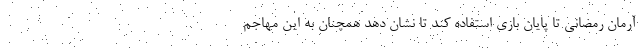
آرمان رمضانی تا پایان بازی استفاده کند تا نشان دهد همچنان به این مهاجم